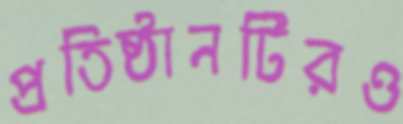
প্রতিষ্ঠানটিরও